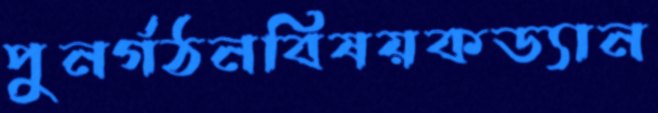
পুনর্গঠনবিষয়কড্যান